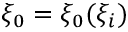
\xi _ { 0 } = \xi _ { 0 } ( \xi _ { i } )